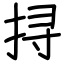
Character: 挦